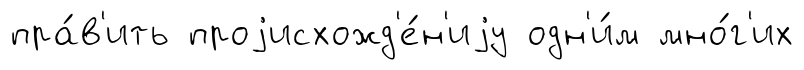
пра́в'ить проjисхожд'е́н'иjу одн'и́м мно́г'их